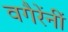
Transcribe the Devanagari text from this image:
वगैरेंनीं